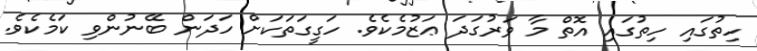
ހިތުގައި ހިތުގައި އޮތް މާ ވަރުގަދަ ޢަޒުމެކެވެ. ހަގީގަތަކަށް ހަދަން ބޭނުންވި ކަމެކެވެ.